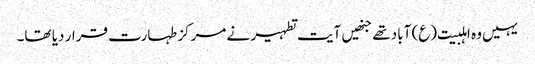
یہیں وہ اہلبیت(ع) آباد تھے جنھیں آیت تطہیر نے مرکز طہارت قرار دیا تھا۔